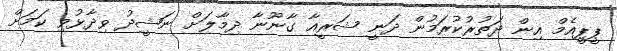
ޕީޕީއެމް އިން ދަތުރުކުރަމުން ދަނީ ޝަރީއާ ގާނޫނާ ދިމާލަށް ނަޝީދު ވިދާޅުވި ކަމަށް